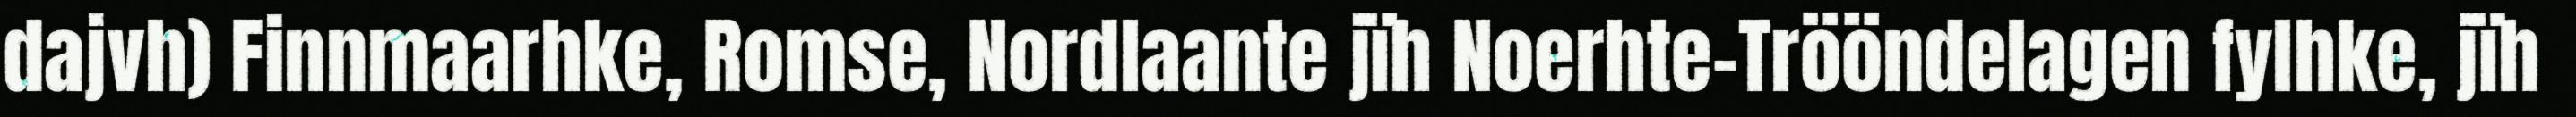
dajvh) Finnmaarhke, Romse, Nordlaante jïh Noerhte-Trööndelagen fylhke, jïh